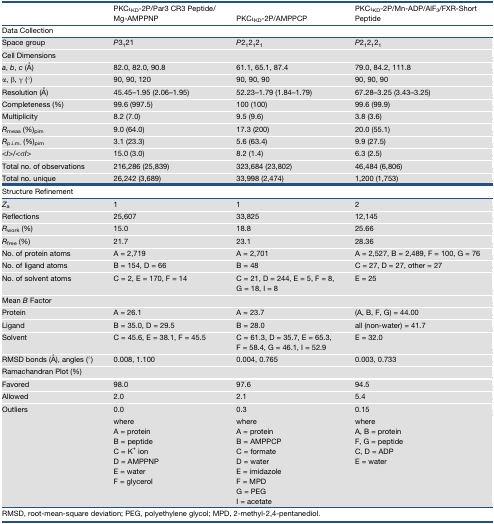
<table><thead><tr><td></td><td><b>PKCι<sub>KD</sub>-2P/Par3 CR3 Peptide/Mg-AMPPNP</b></td><td><b>PKCι<sub>KD</sub>-2P/AMPPCP</b></td><td><b>PKCι<sub>KD</sub>-2P/Mn-ADP/AlF<sub>3</sub>/FXR-Short Peptide</b></td></tr></thead><tbody><tr><td colspan="4"><b>Data Collection</b></td></tr><tr><td>Space group</td><td><i>P</i>3<sub>1</sub>21</td><td><i>P</i>2<sub>1</sub>2<sub>1</sub>2<sub>1</sub></td><td><i>P</i>2<sub>1</sub>2<sub>1</sub>2<sub>1</sub></td></tr><tr><td colspan="4">Cell Dimensions</td></tr><tr><td><i>a</i>, <i>b</i>, <i>c</i> (Å)</td><td>82.0, 82.0, 90.8</td><td>61.1, 65.1, 87.4</td><td>79.0, 84.2, 111.8</td></tr><tr><td>α, β, γ (°)</td><td>90, 90, 120</td><td>90, 90, 90</td><td>90, 90, 90</td></tr><tr><td>Resolution (Å)</td><td>45.45–1.95 (2.06–1.95)</td><td>52.23–1.79 (1.84–1.79)</td><td>67.28–3.25 (3.43–3.25)</td></tr><tr><td>Completeness (%)</td><td>99.6 (997.5)</td><td>100 (100)</td><td>99.6 (99.9)</td></tr><tr><td>Multiplicity</td><td>8.2 (7.0)</td><td>9.5 (9.6)</td><td>3.8 (3.6)</td></tr><tr><td><i>R</i><sub>meas</sub> (%)<sub>pim</sub></td><td>9.0 (64.0)</td><td>17.3 (200)</td><td>20.0 (55.1)</td></tr><tr><td><i>R</i><sub>p.i.m.</sub> (%)<sub>pim</sub></td><td>3.1 (23.3)</td><td>5.6 (63.4)</td><td>9.9 (27.5)</td></tr><tr><td>&lt;<i>I</i>&gt;/&lt;σ<i>I</i>&gt;</td><td>15.0 (3.0)</td><td>8.2 (1.4)</td><td>6.3 (2.5)</td></tr><tr><td>Total no. of observations</td><td>216,286 (25,839)</td><td>323,684 (23,802)</td><td>46,484 (6,806)</td></tr><tr><td>Total no. unique</td><td>26,242 (3,689)</td><td>33,998 (2,474)</td><td>1,200 (1,753)</td></tr><tr><td colspan="4"><b>Structure Refinement</b></td></tr><tr><td><i>Z</i><sub>a</sub></td><td>1</td><td>1</td><td>2</td></tr><tr><td>Reflections</td><td>25,607</td><td>33,825</td><td>12,145</td></tr><tr><td><i>R</i><sub>work</sub> (%)</td><td>15.0</td><td>18.8</td><td>25.66</td></tr><tr><td><i>R</i><sub>free</sub> (%)</td><td>21.7</td><td>23.1</td><td>28.36</td></tr><tr><td>No. of protein atoms</td><td>A = 2,719</td><td>A = 2,701</td><td>A = 2,527, B = 2,489, F = 100, G = 76</td></tr><tr><td>No. of ligand atoms</td><td>B = 154, D = 66</td><td>B = 48</td><td>C = 27, D = 27, other = 27</td></tr><tr><td>No. of solvent atoms</td><td>C = 2, E = 170, F = 14</td><td>C = 21, D = 244, E = 5, F = 8, G = 18, I = 8</td><td>E = 25</td></tr><tr><td colspan="4">Mean <i>B</i> Factor</td></tr><tr><td>Protein</td><td>A = 26.1</td><td>A = 23.7</td><td>(A, B, F, G) = 44.00</td></tr><tr><td>Ligand</td><td>B = 35.0, D = 29.5</td><td>B = 28.0</td><td>all (non-water) = 41.7</td></tr><tr><td>Solvent</td><td>C = 45.6, E = 38.1, F = 45.5</td><td>C = 61.3, D = 35.7, E = 65.3, F = 58.4, G = 46.1, I = 52.9</td><td>E = 32.0</td></tr><tr><td>RMSD bonds (Å), angles (°)</td><td>0.008, 1.100</td><td>0.004, 0.765</td><td>0.003, 0.733</td></tr><tr><td colspan="4">Ramachandran Plot (%)</td></tr><tr><td>Favored</td><td>98.0</td><td>97.6</td><td>94.5</td></tr><tr><td>Allowed</td><td>2.0</td><td>2.1</td><td>5.4</td></tr><tr><td>Outliers</td><td>0.0</td><td>0.3</td><td>0.15</td></tr><tr><td></td><td>whereA = proteinB = peptideC = K<sup>+</sup> ionD = AMPPNPE = waterF = glycerol</td><td>whereA = proteinB = AMPPCPC = formateD = waterE = imidazoleF = MPDG = PEGI = acetate</td><td>whereA, B = proteinF, G = peptideC, D = ADPE = water</td></tr></tbody></table>